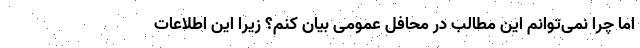
اما چرا نمی‌توانم این مطالب در محافل عمومی بیان کنم؟ زیرا این اطلاعات